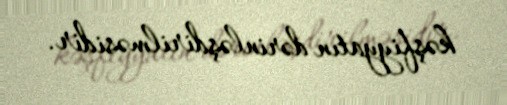
kəşfiyyatın dərinləşdirilməsidir.